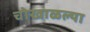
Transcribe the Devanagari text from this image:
चोखाळल्या